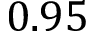
0 . 9 5